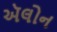
ઍલોન